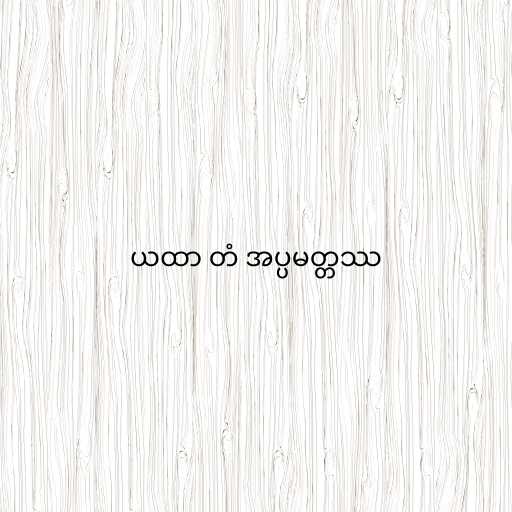
ယထာ တံ အပ္ပမတ္တဿ